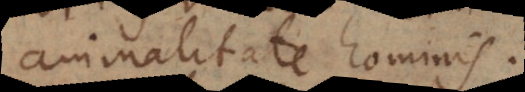
animalitate hominis.